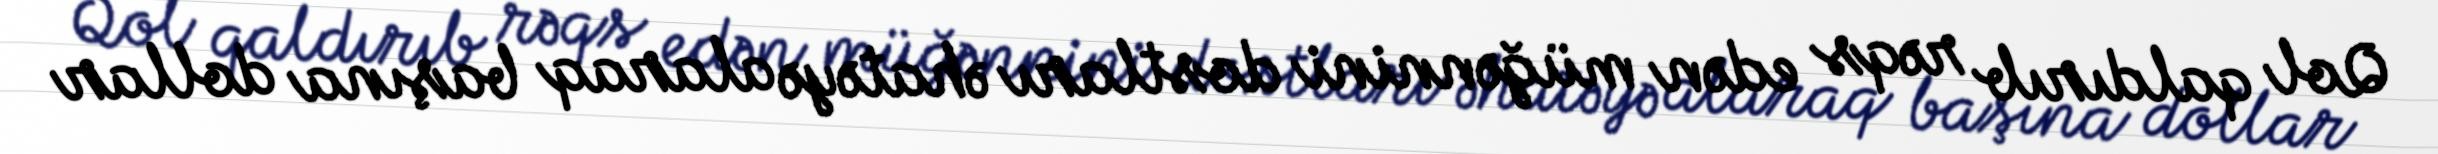
Qol qaldırıb rəqs edən müğənnini dostları əhatəyə alaraq başına dollar